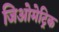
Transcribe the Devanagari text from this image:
जिओमेट्रिक